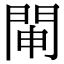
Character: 𨴁